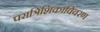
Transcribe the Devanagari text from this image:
परात्रिंशिकाविवरण